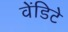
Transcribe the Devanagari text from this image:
वेंडिटे